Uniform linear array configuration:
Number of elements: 4
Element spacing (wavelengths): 0.75
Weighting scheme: hamming
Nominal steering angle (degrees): -45
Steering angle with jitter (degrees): -43.647
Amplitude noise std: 0.05
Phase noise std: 0.05

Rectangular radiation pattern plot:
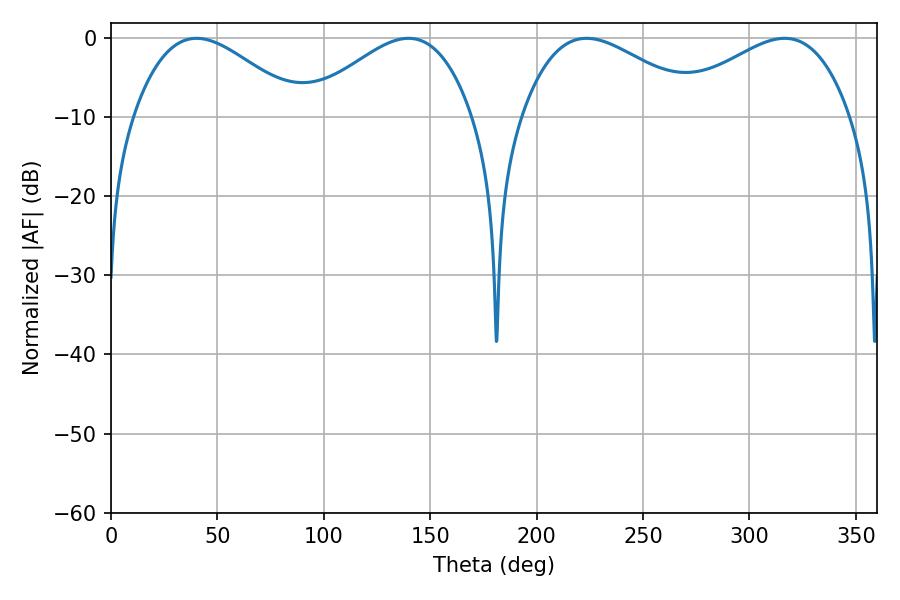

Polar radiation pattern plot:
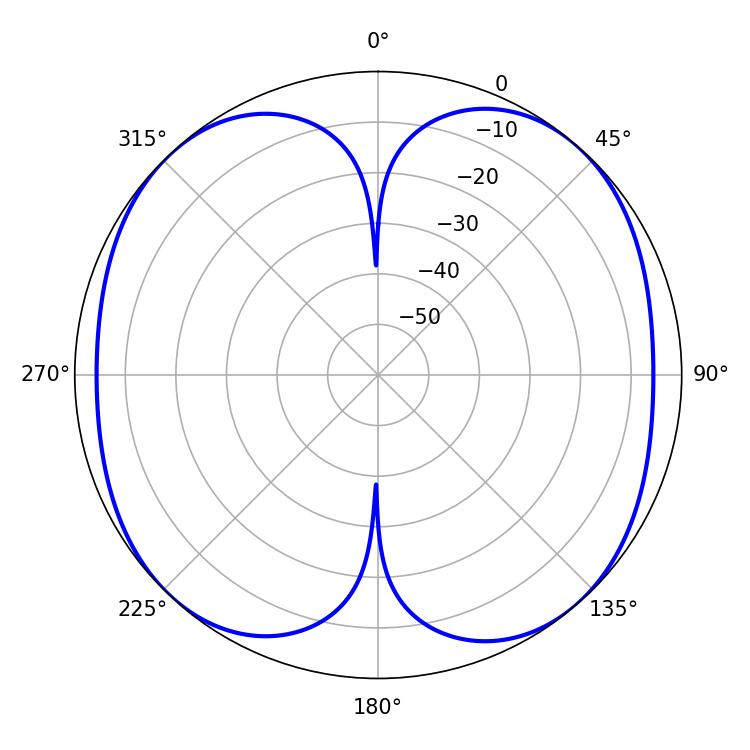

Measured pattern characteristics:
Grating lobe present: TRUE
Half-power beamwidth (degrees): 42.3
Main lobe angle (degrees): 40.14